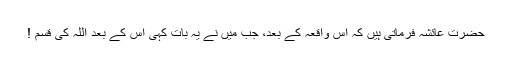
حضرت عائشہؓ فرماتی ہیں کہ اس واقعہ کے بعد، جب مَیں نے یہ بات کہی اس کے بعد اللہ کی قسم !